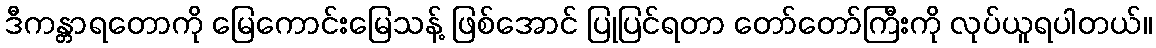
ဒီကန္တာရတောကို မြေကောင်းမြေသန့် ဖြစ်အောင် ပြုပြင်ရတာ တော်တော်ကြီးကို လုပ်ယူရပါတယ်။